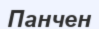
Панчен